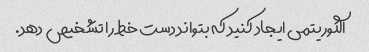
الگوریتمی ایجاد کنید که بتواند دست خط را تشخیص دهد.